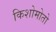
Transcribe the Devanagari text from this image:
किशोमोतो